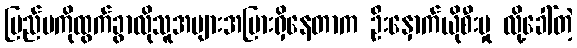
ပြည်ပကိုထွက်ခွာလိုသူအများအပြားရှိနေတာက ဦးနှောက်ယိုစီးမှု လို့ခေါ်တဲ့